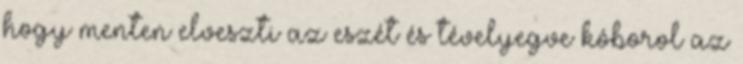
hogy menten elveszti az eszét és tévelyegve kóborol az